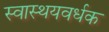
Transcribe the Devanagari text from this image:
स्वास्थयवर्धक